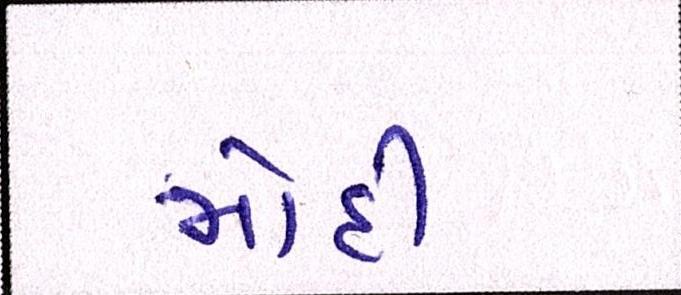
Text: મોદી